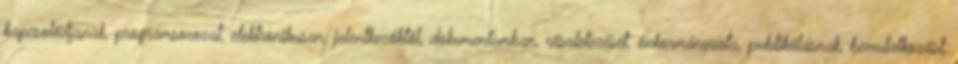
kapcsolódjanak, programsorozat, elektronikusan, jelentkezőktől, dokumentumban, részletezését, önkormányzata, publikálásnak, bemutatkozást,